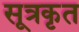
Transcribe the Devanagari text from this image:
सूत्रकृत